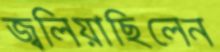
জ্বলিয়াছিলেন